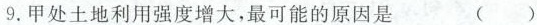
9.甲处土地利用强度增大，最可能的原因是 ( )